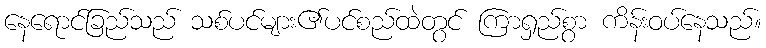
နေရောင်ခြည်သည် သစ်ပင်များ၏ပင်စည်ထဲတွင် ကြာရှည်စွာ ကိန်းဝပ်နေသည်။